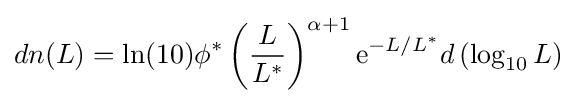
dn(L)=\ln(10)\phi ^{*}\left({\frac {L}{L^{*}}}\right)^{\alpha +1}\mathrm {e} ^{-L/L^{*}}d\left(\log _{10}L\right)